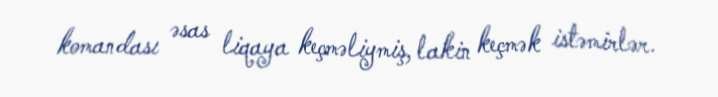
komandası əsas liqaya keçməliymiş, lakin keçmək istəmirlər.